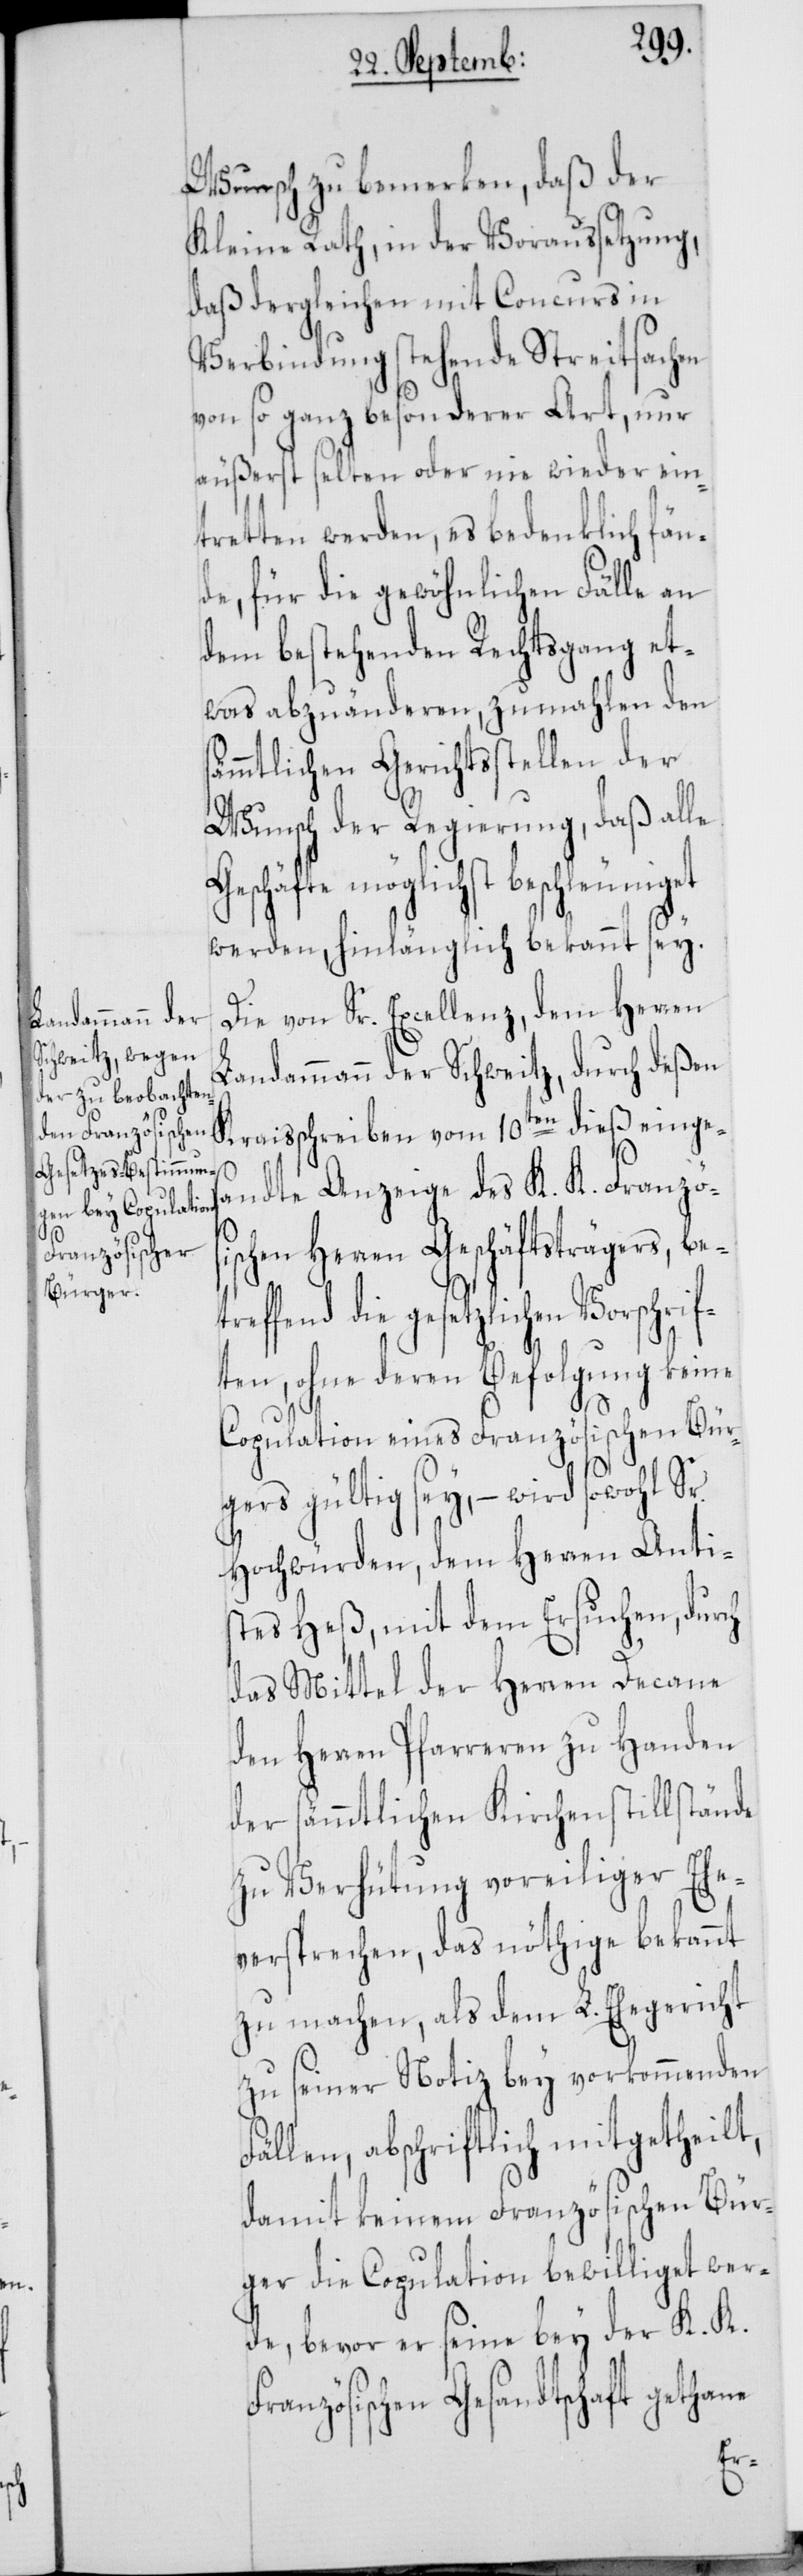
Wunsch zu bemerken, daß der
Kleine Rath, in der Voraussetzung,
daß dergleichen mit Concurs in
Verbindung stehende Streitsachen
von so ganz besonderer Art, nur
äußerst selten oder nie wieder ein¬
tretten werden, es bedenklich fän¬
de, für die gewöhnlichen Fälle an
dem bestehenden Rechtsgang et¬
was abzuänderen, zumahlen den
ämmtlichen Gerichtsstellen der
Wunsch der Regierung, daß alle
Geschäfte möglichst beschleuniget
werden, hinlänglich bekannt sey.
Die von Sr. Excellenz, dem Herren
Landammann der Schweitz, durch deßen
Kraisschreiben vom 10ten dieß einges¬
andte Anzeige des K. K. Französis¬
chen Herren Geschäftsträgers, be¬
effend die gesetzlichen Vorschri¬
ten, ohne deren Befolgung keine
Copulation eines Französischen Bür¬
gers gültig sey, – wird sowohl
Hochwürden, dem Herren Antis¬
tes Heß, mit dem Ersuchen, durch
das Mittel der Herren Decane
den Herren Pfarreren zu Handen
der sämmtlichen Kirchenstillstände
zu Verhütung voreiliger Ehe¬
versprechen, das nöthige bekannt
zu machen, als dem L. Ehegericht
zu seiner Notiz bey vorkommenden
Fällen, abschriftlich mitgetheilt,
damit keinem Französischen Bür¬
ger die Copulation bewilliget wer¬
de, bevor er seine bey der K. K.
ranzösischen Gesandtschaft gethane
F¬